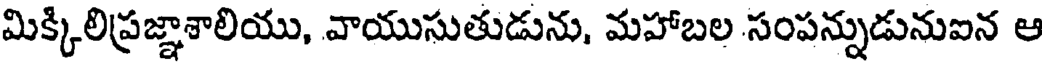
మిక్కిలిప్రజ్ఞాశాలియు, వాయుసుతుడును, మహాబల సంపన్నుడునుఐన ఆ